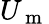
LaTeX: U_{\mathrm{~m~}}